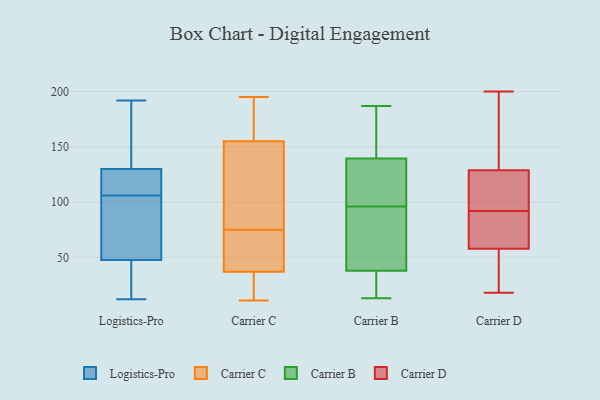
{"axis": {"x": "Bounce Rate (%)", "y": "Value"}, "legend": ["Carrier B", "Carrier C", "Carrier D", "Logistics-Pro"], "data": [{"x": "", "y": 191, "type": "Logistics-Pro"}, {"x": "", "y": 12, "type": "Logistics-Pro"}, {"x": "", "y": 124, "type": "Logistics-Pro"}, {"x": "", "y": 37, "type": "Logistics-Pro"}, {"x": "", "y": 15, "type": "Logistics-Pro"}, {"x": "", "y": 43, "type": "Logistics-Pro"}, {"x": "", "y": 52, "type": "Logistics-Pro"}, {"x": "", "y": 111, "type": "Logistics-Pro"}, {"x": "", "y": 192, "type": "Logistics-Pro"}, {"x": "", "y": 88, "type": "Logistics-Pro"}, {"x": "", "y": 108, "type": "Logistics-Pro"}, {"x": "", "y": 175, "type": "Logistics-Pro"}, {"x": "", "y": 63, "type": "Logistics-Pro"}, {"x": "", "y": 104, "type": "Logistics-Pro"}, {"x": "", "y": 136, "type": "Logistics-Pro"}, {"x": "", "y": 112, "type": "Logistics-Pro"}, {"x": "", "y": 195, "type": "Carrier C"}, {"x": "", "y": 69, "type": "Carrier C"}, {"x": "", "y": 79, "type": "Carrier C"}, {"x": "", "y": 37, "type": "Carrier C"}, {"x": "", "y": 31, "type": "Carrier C"}, {"x": "", "y": 11, "type": "Carrier C"}, {"x": "", "y": 135, "type": "Carrier C"}, {"x": "", "y": 155, "type": "Carrier C"}, {"x": "", "y": 182, "type": "Carrier C"}, {"x": "", "y": 71, "type": "Carrier C"}, {"x": "", "y": 40, "type": "Carrier B"}, {"x": "", "y": 167, "type": "Carrier B"}, {"x": "", "y": 28, "type": "Carrier B"}, {"x": "", "y": 187, "type": "Carrier B"}, {"x": "", "y": 37, "type": "Carrier B"}, {"x": "", "y": 108, "type": "Carrier B"}, {"x": "", "y": 44, "type": "Carrier B"}, {"x": "", "y": 135, "type": "Carrier B"}, {"x": "", "y": 141, "type": "Carrier B"}, {"x": "", "y": 13, "type": "Carrier B"}, {"x": "", "y": 24, "type": "Carrier B"}, {"x": "", "y": 185, "type": "Carrier B"}, {"x": "", "y": 111, "type": "Carrier B"}, {"x": "", "y": 23, "type": "Carrier B"}, {"x": "", "y": 133, "type": "Carrier B"}, {"x": "", "y": 53, "type": "Carrier B"}, {"x": "", "y": 96, "type": "Carrier B"}, {"x": "", "y": 44, "type": "Carrier B"}, {"x": "", "y": 156, "type": "Carrier B"}, {"x": "", "y": 99, "type": "Carrier D"}, {"x": "", "y": 32, "type": "Carrier D"}, {"x": "", "y": 101, "type": "Carrier D"}, {"x": "", "y": 18, "type": "Carrier D"}, {"x": "", "y": 200, "type": "Carrier D"}, {"x": "", "y": 182, "type": "Carrier D"}, {"x": "", "y": 172, "type": "Carrier D"}, {"x": "", "y": 63, "type": "Carrier D"}, {"x": "", "y": 100, "type": "Carrier D"}, {"x": "", "y": 120, "type": "Carrier D"}, {"x": "", "y": 92, "type": "Carrier D"}, {"x": "", "y": 60, "type": "Carrier D"}, {"x": "", "y": 48, "type": "Carrier D"}, {"x": "", "y": 155, "type": "Carrier D"}, {"x": "", "y": 51, "type": "Carrier D"}, {"x": "", "y": 82, "type": "Carrier D"}, {"x": "", "y": 86, "type": "Carrier D"}]}